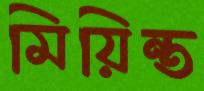
মিয়িন্ত